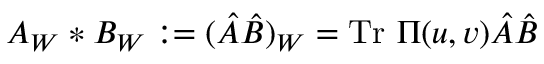
A _ { W } * B _ { W } : = ( \hat { A } \hat { B } ) _ { W } = \mathrm { T r } ~ \Pi ( u , v ) \hat { A } \hat { B }